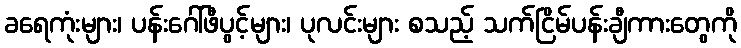
ခရေကုံးများ၊ ပန်းဂေါ်ဖီပွင့်များ၊ ပုလင်းများ စသည့် သက်ငြိမ်ပန်းချီကားတွေကို